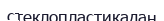
стеклопластикадан